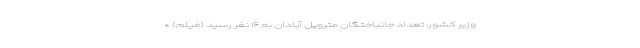
وزیر کشور: تعداد جانباختگان متروپل آبادان به ۱۶ نفر رسید (فیلم) *